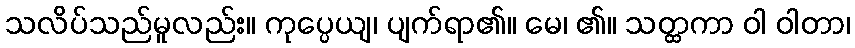
သလိပ်သည်မူလည်း။ ကုပ္ပေယျ၊ ပျက်ရာ၏။ မေ၊ ၏။ သတ္ထကာ ဝါ ဝါတာ၊